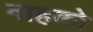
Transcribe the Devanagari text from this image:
वाहको